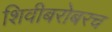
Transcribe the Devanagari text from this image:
शिवीबरोबरच